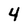
Character: 4